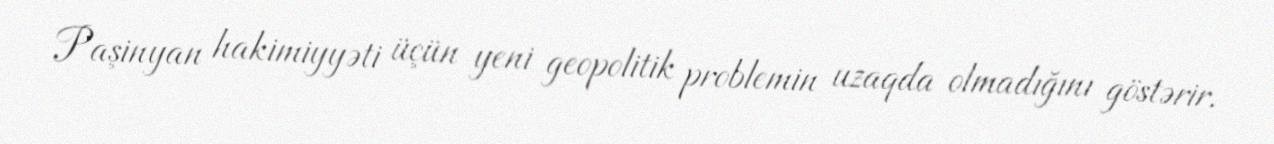
Paşinyan hakimiyyəti üçün yeni geopolitik problemin uzaqda olmadığını göstərir.